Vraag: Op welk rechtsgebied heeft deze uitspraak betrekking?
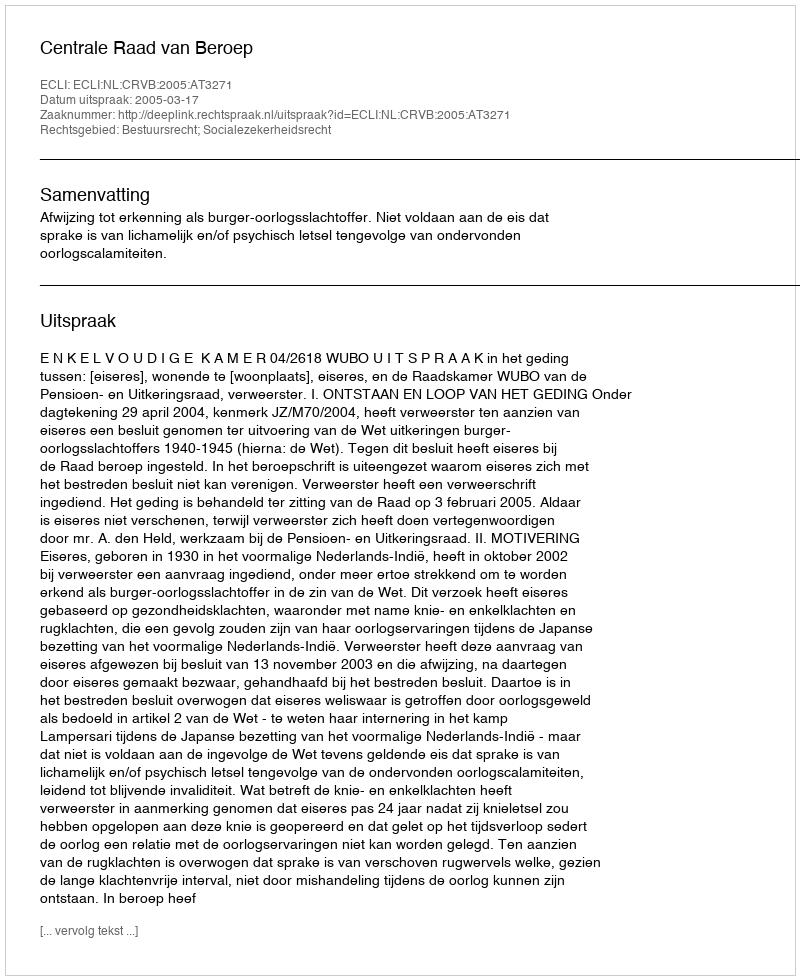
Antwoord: Bestuursrecht; Socialezekerheidsrecht